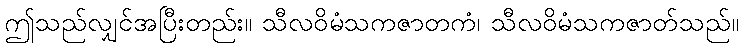
ဤသည်လျှင်အပြီးတည်း။ သီလဝိမံသကဇာတကံ၊ သီလဝိမံသကဇာတ်သည်။